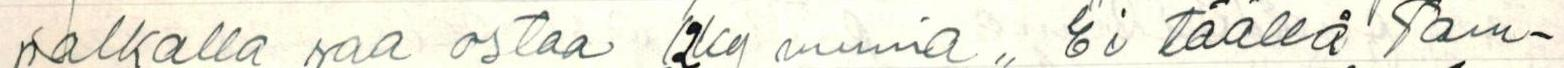
palkalla saa ostaa 12kg munia,, Ei täällä Tam-